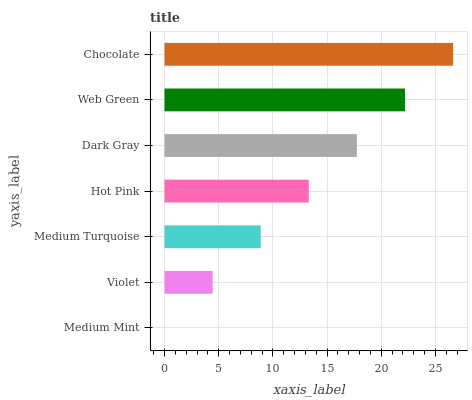
| yaxis_label | bars |
 | --- | --- |
 | Medium Mint | 0 |
 | Violet | 4.44 |
 | Medium Turquoise | 8.88 |
 | Hot Pink | 13.3 |
 | Dark Gray | 17.8 |
 | Web Green | 22.2 |
 | Chocolate | 26.6 |